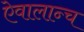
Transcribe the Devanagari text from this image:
ऐवालान्च